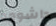
داشوود